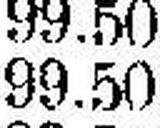
99.50